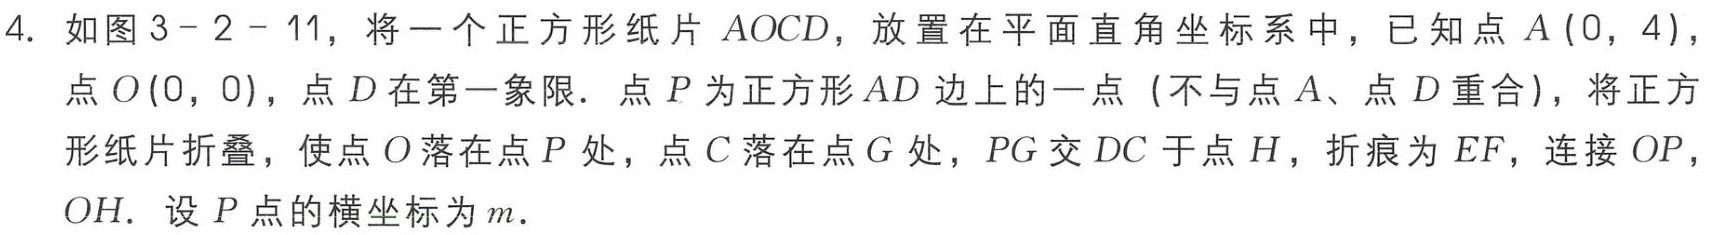
4. 如图3 - 2 - 11，将一个正方形纸片\(AOCD\)，放置在平面直角坐标系中，已知点\(A(0,4)\)，点\(O(0,0)\)，点\(D\)在第一象限．点\(P\)为正方形\(AD\)边上的一点（不与点\(A\)、点\(D\)重合），将正方形纸片折叠，使点\(O\)落在点\(P\)处，点\(C\)落在点\(G\)处，\(PG\)交\(DC\)于点\(H\)，折痕为\(EF\)，连接\(OP\)，\(OH\)．设\(P\)点的横坐标为\(m\)．